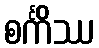
စင်္ကိဿ